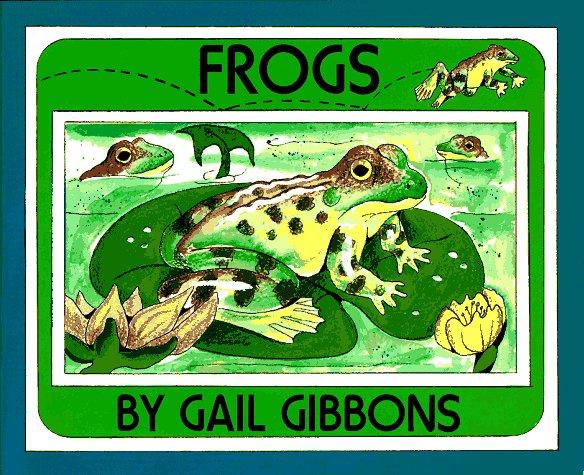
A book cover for Frogs; Gail Gibbons; Children's Books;